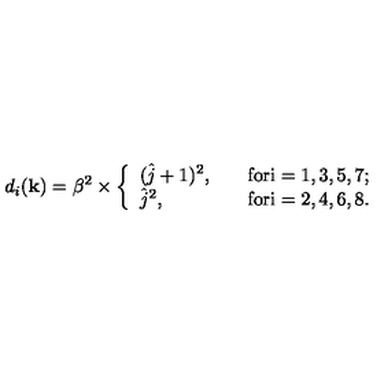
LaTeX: d _ { i } ( { \bf k } ) = \beta ^ { 2 } \times \left\{ \begin{array} { l l } { ( \hat { j } + 1 ) ^ { 2 } , \quad } & { \mathrm { f o r i = 1 , 3 , 5 , 7 ; } } \\ { \hat { j } ^ { 2 } , } & { \mathrm { f o r i = 2 , 4 , 6 , 8 . } } \\ \end{array} \right.